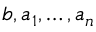
b , a _ { 1 } , \ldots , a _ { n }